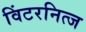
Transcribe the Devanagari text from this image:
विंटरनित्ज